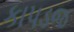
કાપડજ